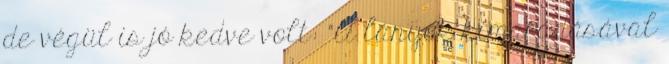
de végül is jó kedve volt: “A lányok kimaradásával